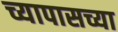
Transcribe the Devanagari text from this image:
च्यापासच्या